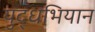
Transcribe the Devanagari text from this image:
युद्धभियान